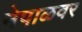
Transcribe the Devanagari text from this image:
नेपाळवर